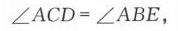
$\angle ACD=\angle ABE,$